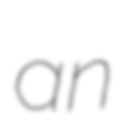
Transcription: an